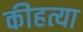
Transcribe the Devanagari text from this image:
कीहत्या